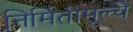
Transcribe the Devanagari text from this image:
निर्मितीमूल्ये